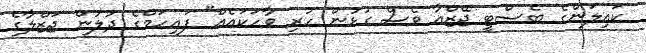
ކައިލަންގެ ބެސްޓީ ޖޭޒްއާ ވެސް ގުޅުން ހުރި ވާހަކައެއް" ފައިހަމްގެ ދުލުން ޖަޒްލާގެ